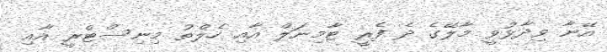
އޭނާ ވިދާޅުވީ މާލޭގެ ދެ ފެރީ ޓާމިނަލް އާއި ހެލްތު މިނިސްޓްރީ އާއި